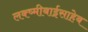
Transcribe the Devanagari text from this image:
लक्ष्मीबाईसाहेब